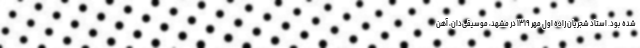
شده بود. استاد شجریان زادهٔ اول مهر ۱۳۱۹ در مشهد، موسیقی‌دان، آهن